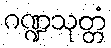
ဂဏ္ဍသုတ္တံ